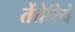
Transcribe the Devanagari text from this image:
तेंतेरिये